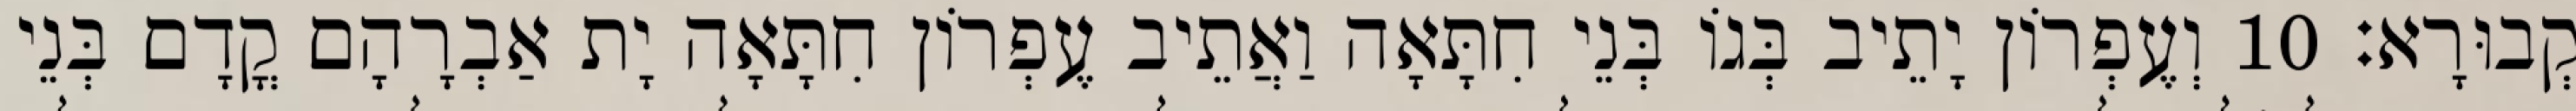
קְבוּרָא׃ 10 וְעֶפְרוֹן יָתֵיב בְּגוֹ בְּנֵי חִתָּאָה וַאֲתֵיב עֶפְרוֹן חִתָּאָה יָת אַבְרָהָם קֳדָם בְּנֵי